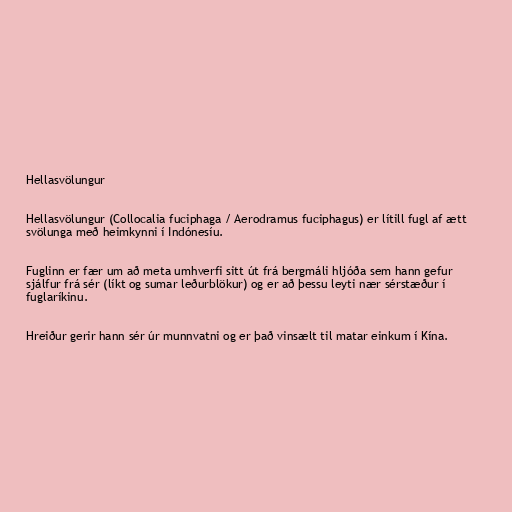
Hellasvölungur

Hellasvölungur (Collocalia fuciphaga / Aerodramus fuciphagus) er lítill fugl af ætt
svölunga með heimkynni í Indónesíu.

Fuglinn er fær um að meta umhverfi sitt út frá bergmáli hljóða sem hann gefur
sjálfur frá sér (líkt og sumar leðurblökur) og er að þessu leyti nær sérstæður í
fuglaríkinu.

Hreiður gerir hann sér úr munnvatni og er það vinsælt til matar einkum í Kína.